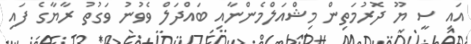
އައި ސީ ޔޫ ދޮރުމަތިން މިޝްއަލްމެންނާއި ބައްދަލް ވެވުނު ވަގުތު ރާޔާގެ ފައި